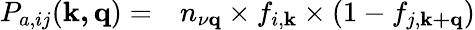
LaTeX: \begin{array}{rl}{P_{a,ij}(\mathbf{k,q})=}&{{}n_{\mathbf{\nu\mathbf{q}}}\times f_{i,\mathbf{k}}\times(1-f_{j,\mathbf{k+q}})}\end{array}